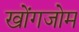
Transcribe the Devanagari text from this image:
खोंगजोम